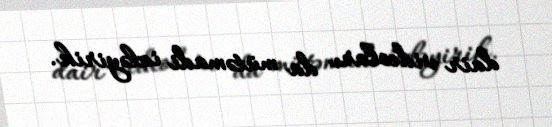
dair videoları da mütəmadi izləyirik.